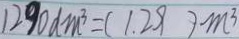
1 2 9 0 d m ^ { 3 } = ( 1 . 2 9 ) m ^ { 3 }